Civil Veterinary Department Bihar & Orissa reports 1922-29 - 1922-1929
Year: 1922
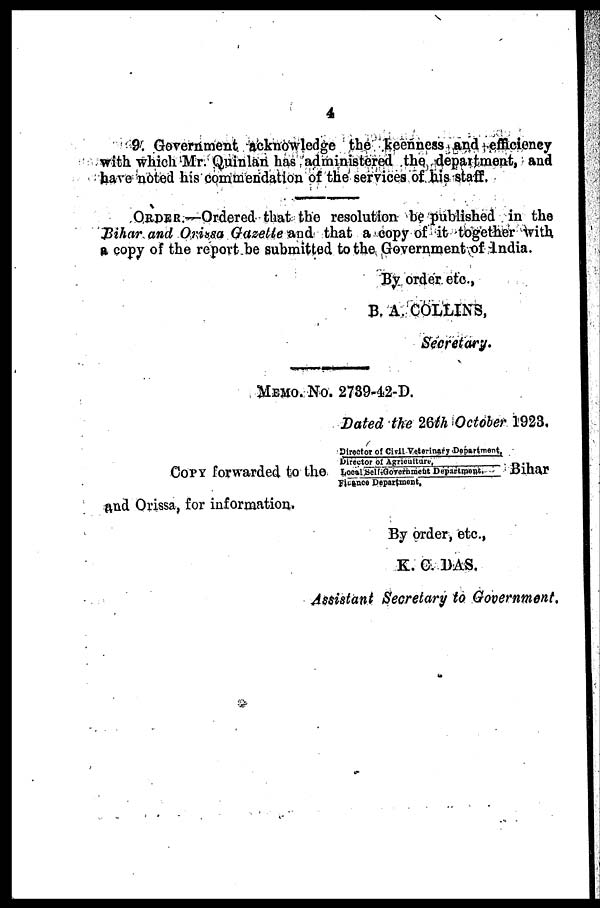
4
9. Government acknowledge the keenness and efficiency
with which Mr. Quinlan has administered the department, and
have noted his commendation of the services of his staff.
ORDER —Ordered that the resolution be published in the
Bihar and Orrisa Gazette and that a copy of it together with
a copy of the report be submitted to the Government of India.
By order etc,
B. A. COLLINS,
Secretary.
MEMO. NO. 2739-42-D.
Dated the 26th October 1923.
COPY forwarded to the
Director of civil Veterinary Department.
Director of Agriculture,
Local bell Government Department
Finance Department.
Bihar
And Orissa, for information.
By order, etc.,
K. C. DAS.
Assistant Secretary to Government.